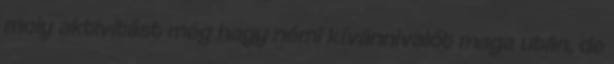
moly aktivitást még hagy némi kívánnivalót maga után, de